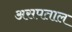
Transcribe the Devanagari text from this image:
असपताल